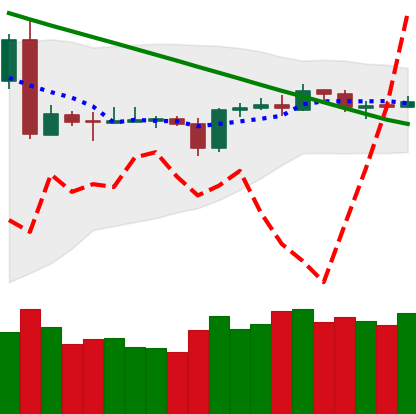
Ticker: BTC-USD
Chart end date: 2019-03-14
Forward return: 3.741%
Label: up_3_5